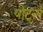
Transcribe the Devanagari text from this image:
पोर्ट्ल